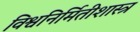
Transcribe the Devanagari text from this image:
विश्वनिर्मितीशास्त्र